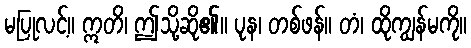
မပြုလင့်။ ဣတိ၊ ဤသို့ဆို၏။ ပုန၊ တစ်ဖန်။ တံ၊ ထိုကျွန်မကို။